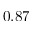
0 . 8 7